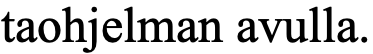
taohjelman avulla.